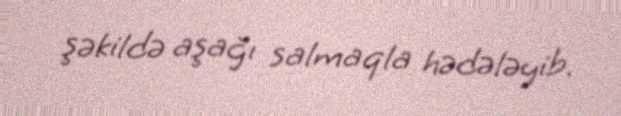
şəkildə aşağı salmaqla hədələyib.